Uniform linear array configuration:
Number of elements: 24
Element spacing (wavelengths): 0.75
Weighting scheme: cosine
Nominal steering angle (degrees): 30
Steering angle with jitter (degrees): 28.499
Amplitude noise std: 0.05
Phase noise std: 0.05

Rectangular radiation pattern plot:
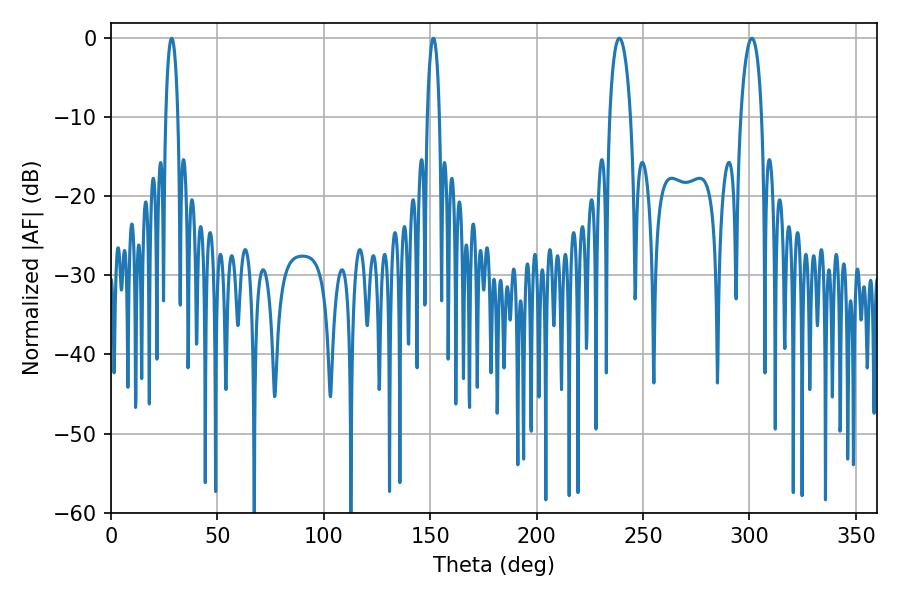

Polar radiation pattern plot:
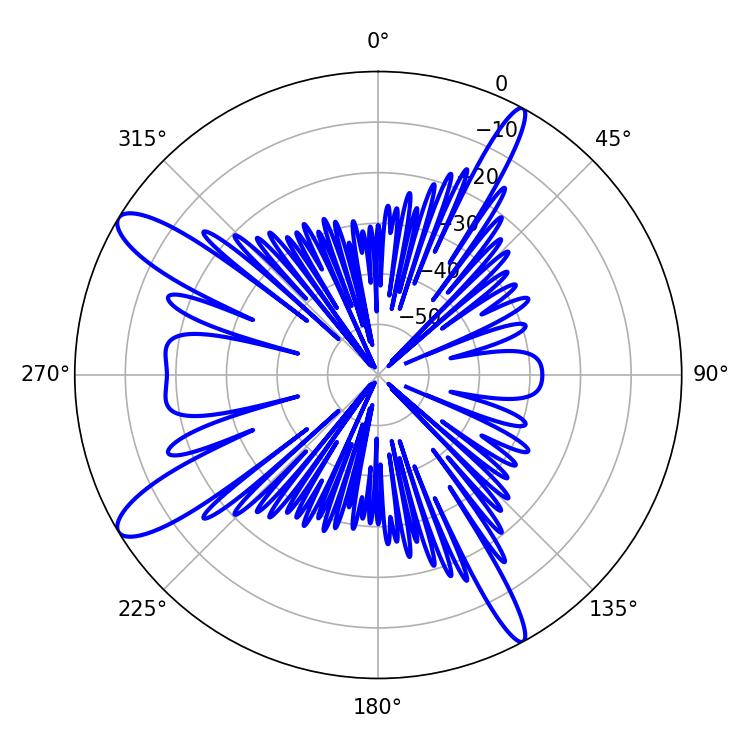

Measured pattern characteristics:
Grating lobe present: TRUE
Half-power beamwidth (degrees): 5.58
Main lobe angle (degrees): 238.86